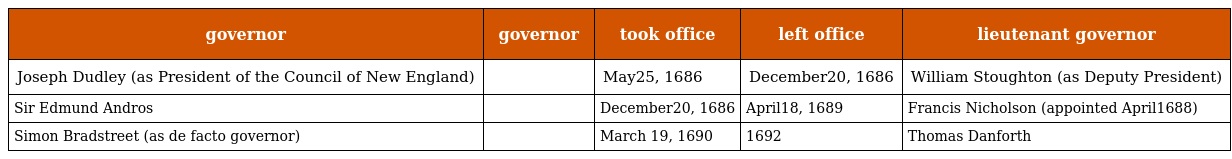
| governor | governor | took office | left office | lieutenant governor |
 | --- | --- | --- | --- | --- |
 | Joseph Dudley (as President of the Council of New England) |  | May25, 1686 | December20, 1686 | William Stoughton (as Deputy President) |
 | Sir Edmund Andros |  | December20, 1686 | April18, 1689 | Francis Nicholson (appointed April1688) |
 | Simon Bradstreet (as de facto governor) |  | March 19, 1690 | 1692 | Thomas Danforth |